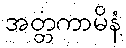
အတ္တကာမိနံ